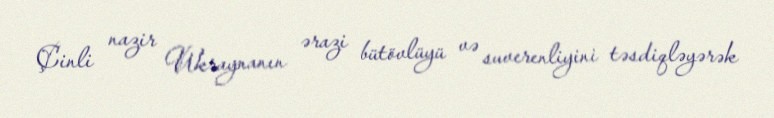
Çinli nazir Ukraynanın ərazi bütövlüyü və suverenliyini təsdiqləyərək